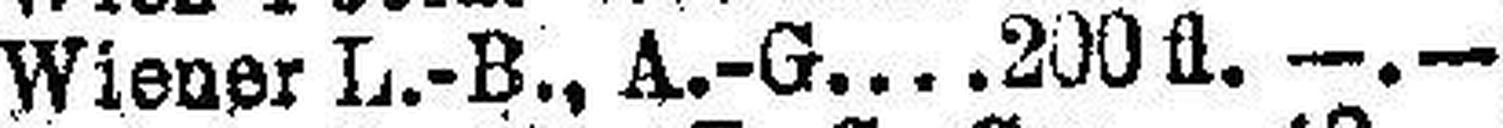
Wiener L.-B., A.-G. 200 fl. —.—